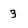
Character: 3